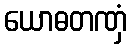
ယောဓတဏှံ